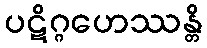
ပဋိဂ္ဂဟေဿန္တိ